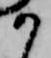
か